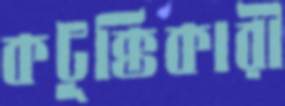
কটূক্তিকারী